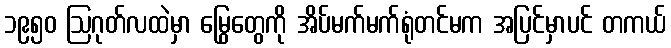
၁၉၅၀ ဩဂုတ်လထဲမှာ မြွေတွေကို အိပ်မက်မက်ရုံတင်မက အပြင်မှာပင် တကယ်